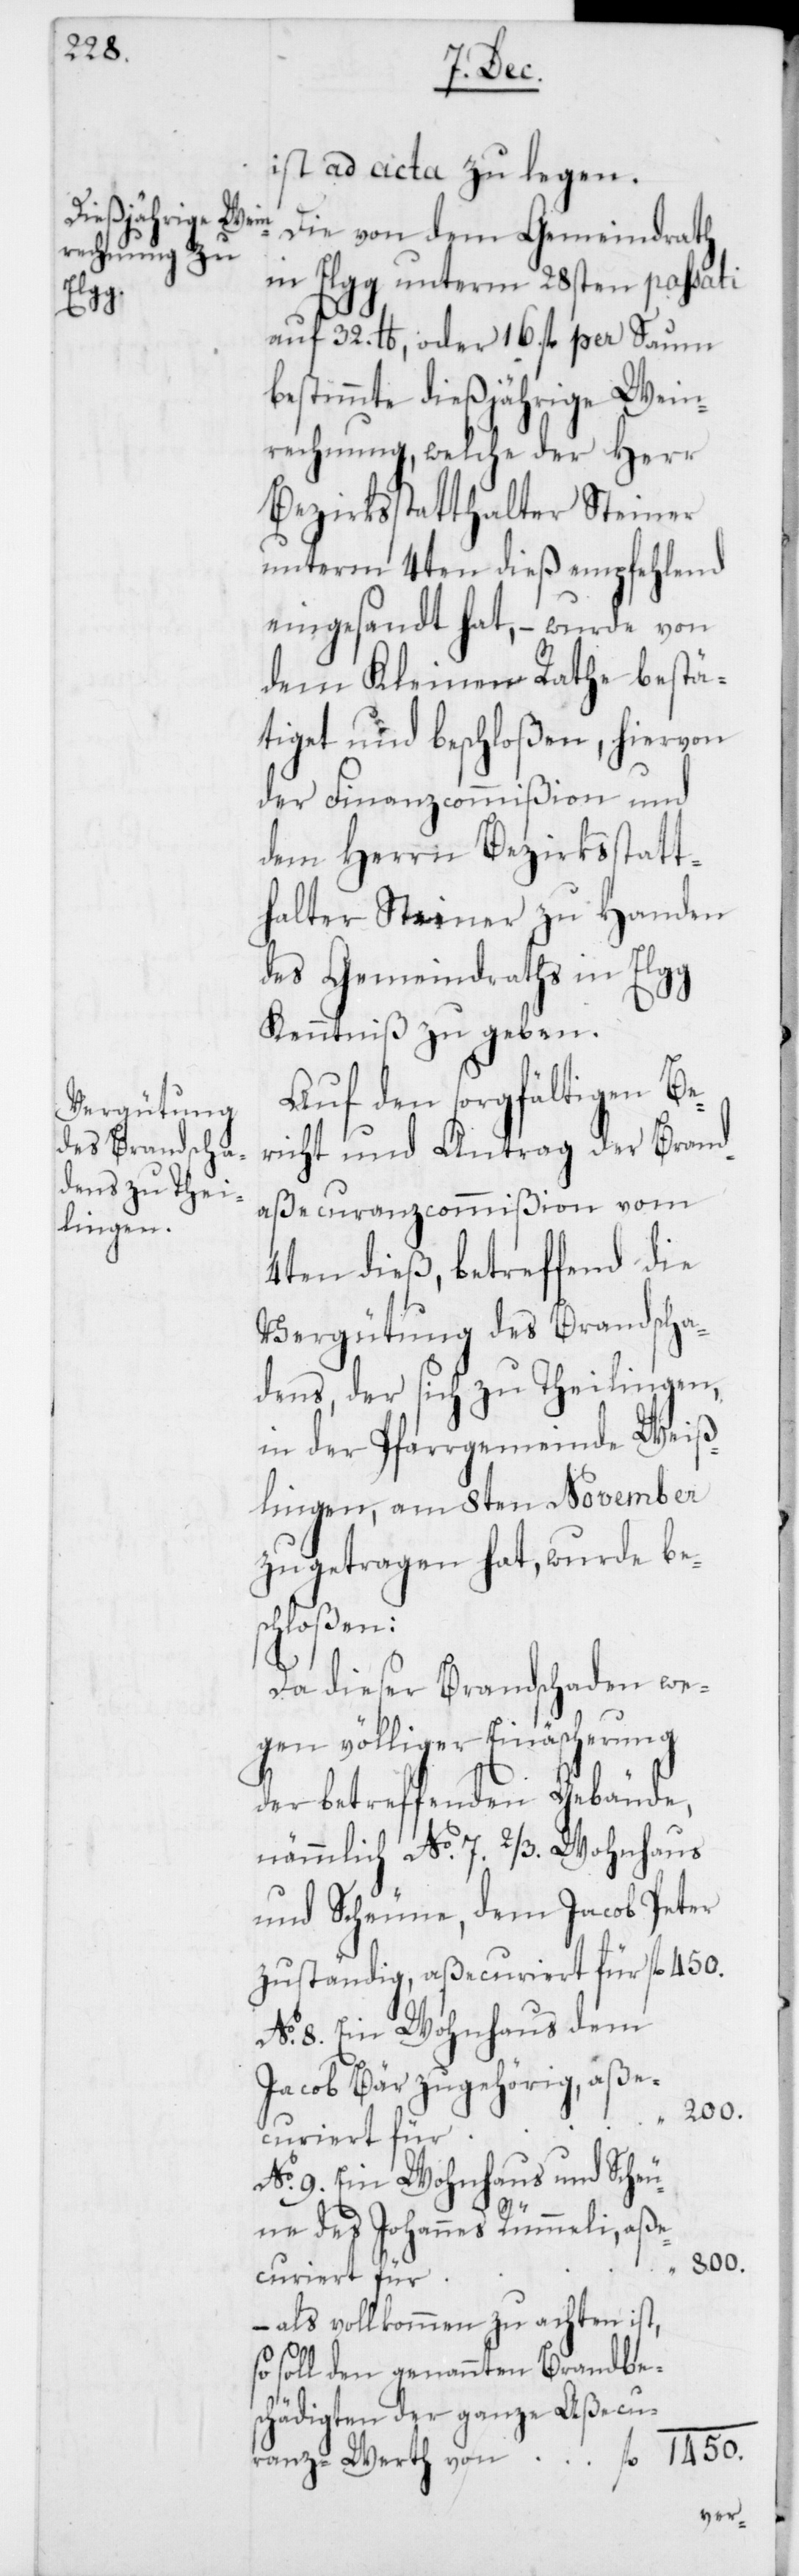
7. 2/3.
ist ad acta zu legen.
Die von dem Gemeindrath
in Elgg unterm 28sten passati
auf 32. lb, oder 16. fl. per Saum
bestimmte dießjährige Wein¬
rechnung, welche der Herr
Bezirksstatthalter Steiner
unterm 4ten dieß empfehlend
eingesandt hat, – wurde von
dem Kleinen Rathe bestä¬
tiget und beschloßen, hiervon
der Finanzcommißion und
dem Herrn Bezirksstatt¬
halter Steiner zu Handen
des Gemeindraths in Elgg
Kenntniß zu geben.
Auf den sorgfältigen Be¬
richt und Antrag der Brand¬
aßecuranzcommißion vom
4ten dieß, betreffend die
Vergütung des Brandscha¬
dens, der sich zu Theilungen
in der Pfarrgemeinde Weiß¬
lingen, am 8ten November
zugetragen hat, wurde bes¬
hädigten
Da dieser Brandschaden we¬
gen völliger Einäscherung
der betreffenden Gebäude,
und Scheune, dem Jacob Peter
zuständig, aßecuriert für
No. 8. Ein Wohnhaus dem
Jacob Bär zugehörig, aße¬
curiert für
No. 9. Ein Wohnhaus und Scheu¬
ne des Johannes Rümmeli, aße¬
1450.
– als vollkommen zu achten ist,
so soll den genannten Brandbesc¬